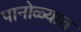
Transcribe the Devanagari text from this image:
पानोळ्यात